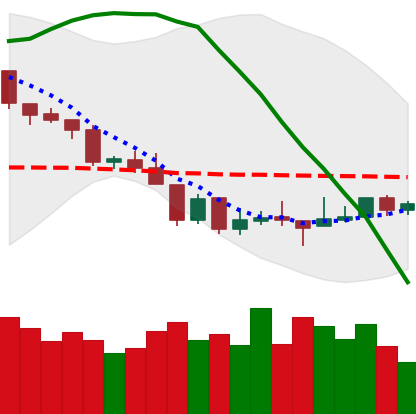
Ticker: BTC-USD
Chart end date: 2018-08-19
Forward return: 3.287%
Label: up_3_5